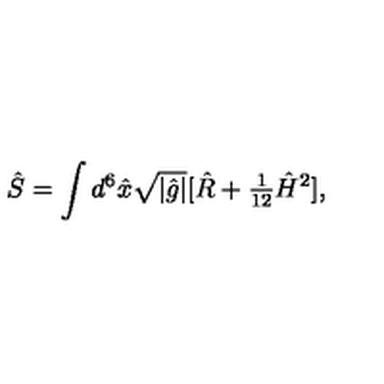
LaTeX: \hat { S } = \int d ^ { 6 } \hat { x } \sqrt { | \hat { g } | } [ \hat { R } + { \textstyle \frac { 1 } { 1 2 } } \hat { H } ^ { 2 } ] ,